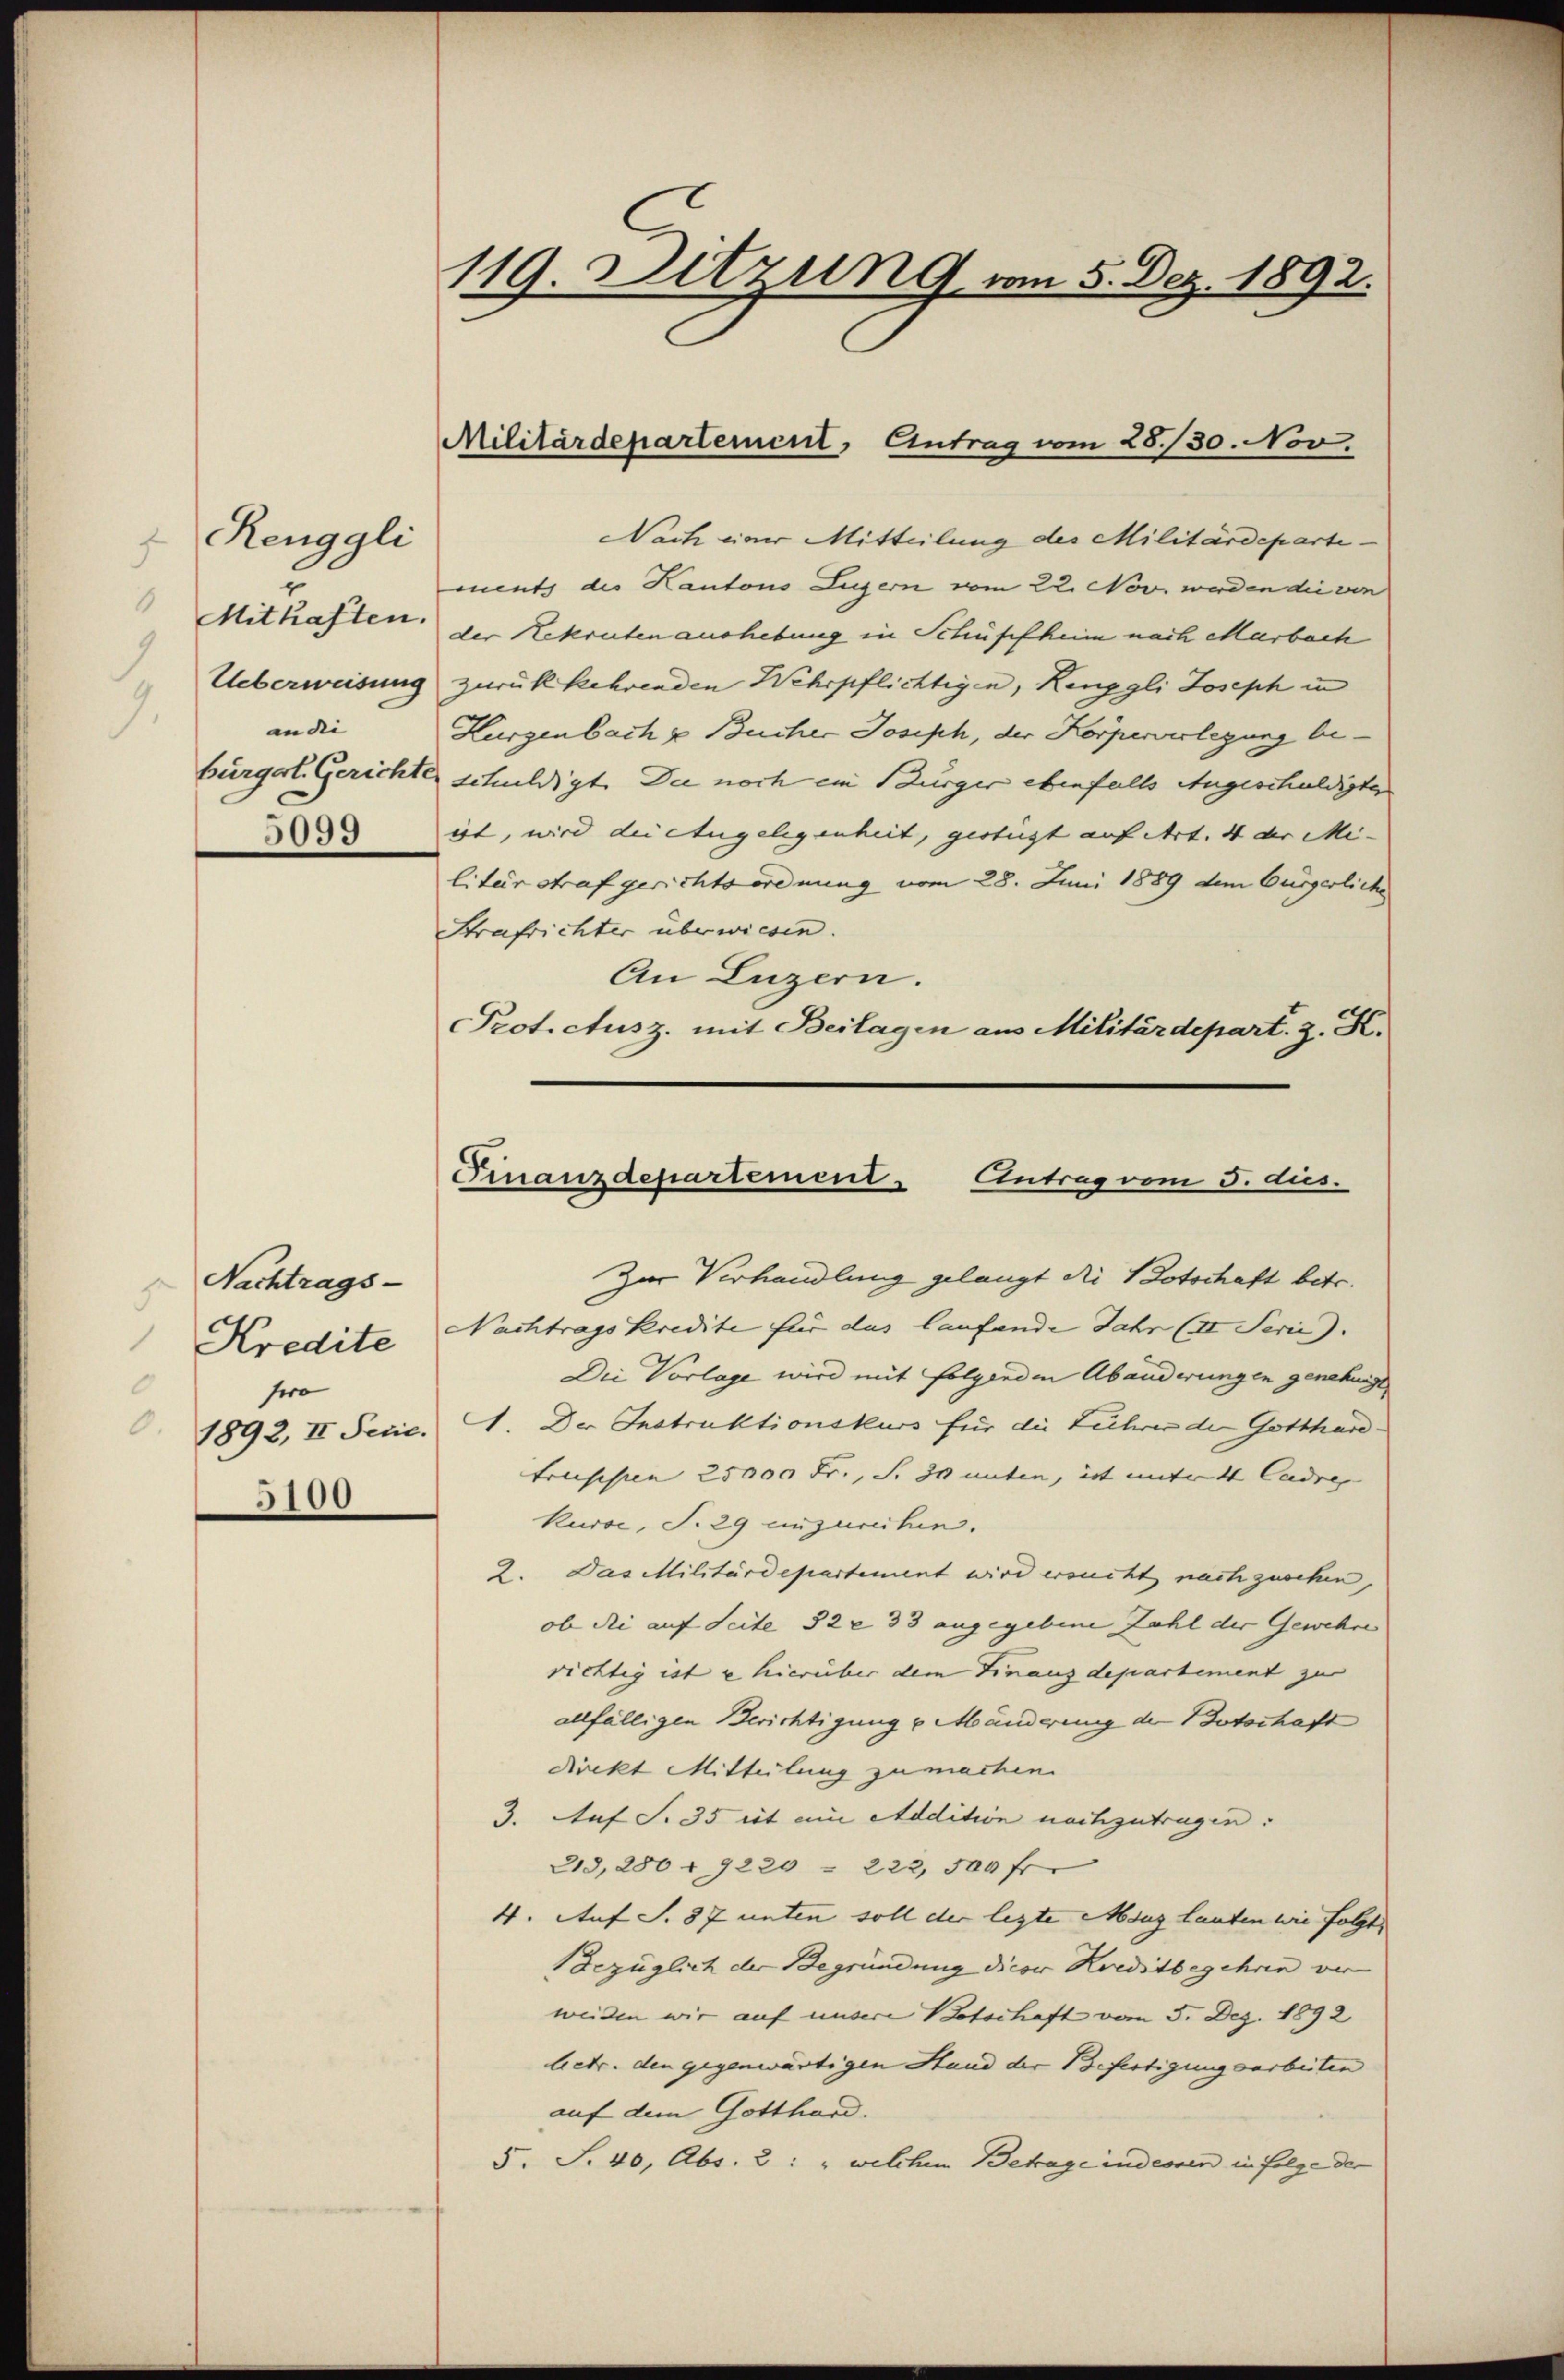
Renggli
f
1
Mithaften.
9
7.
an die |
5099

Nachtrags-
s
0
swo
5100

119. Ditzung vom 5. Dez. 1892.

Nach einer Mitteilung des Militärdepartements des Kantons Luzern vom 22. Nov. werden die von
der Rekruten aushebung in Schüpfheim nach Marbach
Ueberweisung zurückkehrenden Wehrpflichtigen, Renggli Joseph in
Kurzenbach u. Bücher Joseph, der Körperverlegung bebürgerl. Gerichte schuldigt. Die noch ein Burger ebenfalls Angeschuldigten
ist, wird die Angelegenheit, gestügt auf Art. 4 der Me-
litär straf gerichtsordnung vom 28. Juni 1889 dem Bürgerliche
Strafrichter überwiesen.
An Luzern.
Protectusz. mit Beilagen aus Militärdepart. z. K.
Zur Verhandlung gelangt die Dotschaft betr.
Kredite Nachtrags Kredite für das laufende Jahr (II. Serie).
Die Vorlage wird mit folgenden Abänderungen genehmigt,
1892, II Ferie. I. Der Instruktionskurs für die Führer der Gotthard-
truschie 25000 Fr., S. 30 unten, ist unter 4 Cadre
Kurse, S. 29 einzurechen.
2. Das Militärdepartement wird ersucht nachzusehen,
ob die auf Seite 32 x 33 angegebene Zahl der Gewehre
richtig ist u hierüber dem Finanzdepartement zu
allfälligen Berichtigung u. Manderung der Botschaft
direkt Mitteilung zu machen.
3. Auf S. 35 lit ein Addition nachzutragen:
213, 280 f 9220 - 222, 500 fr
4. Auf S. 87 unten soll der legte Msug lauten wie folgt,
bezüglich der Begründung diese Kreditbegehren vor
weiden wir auf unsere Botschaft vom 5. Dez. 1892
betr. den gegenwärtigen Hand der Befertigungsarbeiten
auf dem Gotthard.
5. S. 40, Abs. 2: „ welchem Betrage inderen in folge der

Militärdepartement, Eintrag vom 28./30. Nov.

Finanzdepartement - Antrag vom 3. dus.